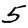
Digit: 5